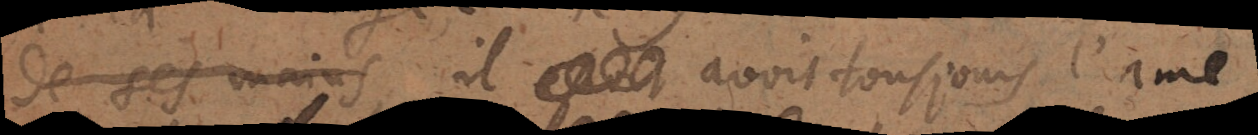
des ses mains il estoit avoir toujours l’ame